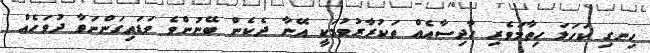
ހިނގި ކަހަލަ ހިތާމަވެރި ހާދިސާއެއް ތަކުރާރުވުމަކީ އޭނާ ދެކެން ބޭނުންވެ ވަޑައިގަންނަވާ ދުވަހެއް